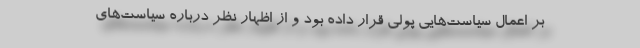
بر اعمال سیاست‌هایی پولی قرار داده بود و از اظهار نظر درباره سیاست‌های